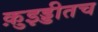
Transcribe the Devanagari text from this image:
क़ुइड्डीतच